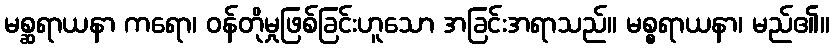
မစ္ဆရာယနာ ကရော၊ ဝန်တိုမှုဖြစ်ခြင်းဟူသော အခြင်းအရာသည်။ မစ္စရာယနာ၊ မည်၏။